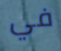
في